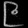
Digit: ၉